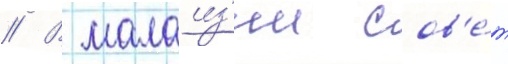
// В малаиз'ии сов'е́т